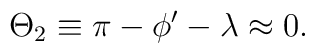
\Theta_2\equiv \pi - \phi' - \lambda \approx0.